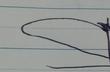
Signature authenticity: forged